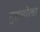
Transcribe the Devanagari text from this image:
मुहबोला